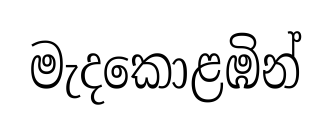
මැදකොළඹින්